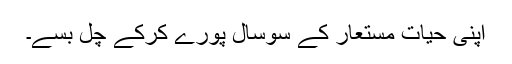
اپنی حیاتِ مستعار کے سوسال پورے کرکے چل بسے۔